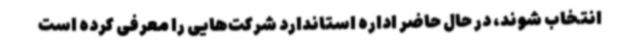
انتخاب شوند، در حال حاضر اداره استاندارد شرکت‌هایی را معرفی کرده است